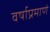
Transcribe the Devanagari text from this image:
वर्षाप्रमाणे